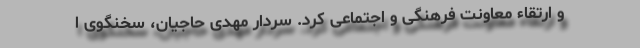
و ارتقاء معاونت فرهنگی و اجتماعی کرد. سردار مهدی حاجیان، سخنگوی ا